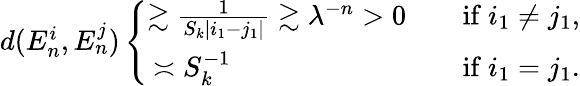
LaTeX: \begin{array}{r}{d(E_{n}^{i},E_{n}^{j})\left\{ \begin{array}{cl}{\gtrsim\frac{1}{S_{k}|i_{1}-j_{1}|}\gtrsim\lambda^{-n}>0}&{\quad\mathrm{if~}i_{1}\ne j_{1},}\\ {\asymp S_{k}^{-1}\qquad\qquad\qquad}&{\quad\mathrm{if~}i_{1}=j_{1}.}\end{array}\right.}\end{array}